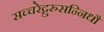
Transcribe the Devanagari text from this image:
सच्चरेद्गुरुसन्निधौ